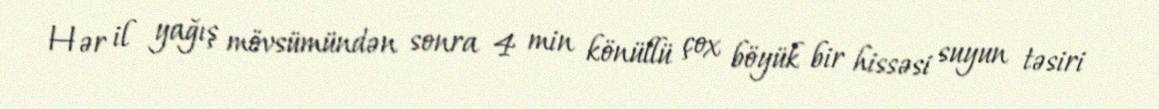
Hər il yağış mövsümündən sonra 4 min könüllü çox böyük bir hissəsi suyun təsiri